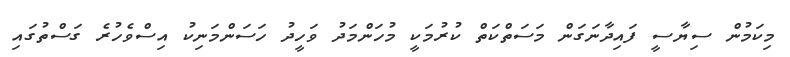
މިކަމުން ސިޔާސީ ފައިދާނަގަން މަސަތްކަތް ކުރުމަކީ މުހަންމަދު ވަހީދު ހަސަންމަނިކު އިސްވެހުރެ ގަސްތުގައި